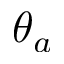
\theta _ { a }